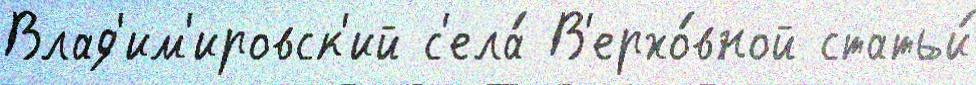
Влад'им'ировск'ий с'ела́ В'ерхо́вной статьи́